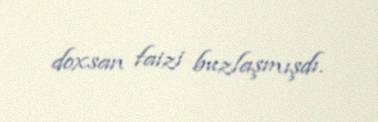
doxsan faizi buzlaşmışdı.